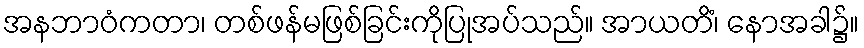
အနဘာဝံကတာ၊ တစ်ဖန်မဖြစ်ခြင်းကိုပြုအပ်သည်။ အာယတိံ၊ နောအခါ၌။